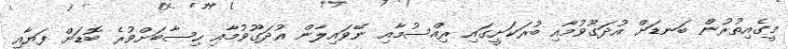
މީގެއިތުރުން ބަނޑަށް އުދަގޫވުމާއި ބުރަކަށީގައި ރިއްސުމާއި ނޭވައިލާން އުދަގޫވުމާއި ހިސާބަށްވުރެ ބޮޑަށް ފަޔާއި